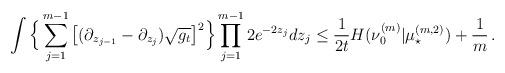
LaTeX: \begin{align*} \int \Big\{ \sum_{j=1}^{m-1} \big[(\partial_{z_{j-1}} - \partial_{z_{j}}) \sqrt{g_t} \big]^2 \Big\} \prod_{j=1}^{m-1} 2 e^{-2 z_j} d z_j \le \frac{1}{2t} H(\nu_0^{(m)} | \mu^{(m,2)}_\star) + \frac 1m\,.\end{align*}